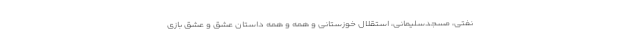
نفتی، مسجدسلیمانی، استقلال خوزستانی و همه و همه داستان عشق و عشق بازی